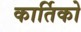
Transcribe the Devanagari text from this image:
कार्तिको